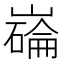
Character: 𫶗